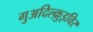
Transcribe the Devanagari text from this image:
गुअदिल्क़ुइविर